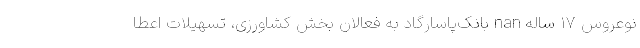
نوعروس 17 ساله nan بانک‌پاسارگاد به فعالان بخش کشاورزی، تسهیلات اعطا